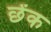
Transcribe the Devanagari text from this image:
छेंक